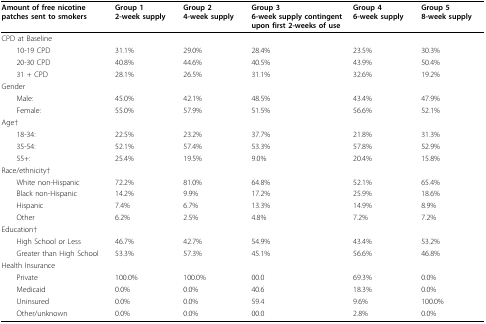
| Amount of free nicotine patches sent to smokers | Group 12-week supply | Group 24-week supply | Group 36-week supply contingent upon first 2-weeks of use | Group 46-week supply | Group 58-week supply |
 | --- | --- | --- | --- | --- | --- |
 | CPD at Baseline |  |  |  |  |  |
 | 10-19 CPD | 31.1% | 29.0% | 28.4% | 23.5% | 30.3% |
 | 20-30 CPD | 40.8% | 44.6% | 40.5% | 43.9% | 50.4% |
 | 31 + CPD | 28.1% | 26.5% | 31.1% | 32.6% | 19.2% |
 | Gender |  |  |  |  |  |
 | Male: | 45.0% | 42.1% | 48.5% | 43.4% | 47.9% |
 | Female: | 55.0% | 57.9% | 51.5% | 56.6% | 52.1% |
 | Age† |  |  |  |  |  |
 | 18-34: | 22.5% | 23.2% | 37.7% | 21.8% | 31.3% |
 | 35-54: | 52.1% | 57.4% | 53.3% | 57.8% | 52.9% |
 | 55+: | 25.4% | 19.5% | 9.0% | 20.4% | 15.8% |
 | Race/ethnicity† |  |  |  |  |  |
 | White non-Hispanic | 72.2% | 81.0% | 64.8% | 52.1% | 65.4% |
 | Black non-Hispanic | 14.2% | 9.9% | 17.2% | 25.9% | 18.6% |
 | Hispanic | 7.4% | 6.7% | 13.3% | 14.9% | 8.9% |
 | Other | 6.2% | 2.5% | 4.8% | 7.2% | 7.2% |
 | Education† |  |  |  |  |  |
 | High School or Less | 46.7% | 42.7% | 54.9% | 43.4% | 53.2% |
 | Greater than High School | 53.3% | 57.3% | 45.1% | 56.6% | 46.8% |
 | Health Insurance |  |  |  |  |  |
 | Private | 100.0% | 100.0% | 00.0 | 69.3% | 0.0% |
 | Medicaid | 0.0% | 0.0% | 40.6 | 18.3% | 0.0% |
 | Uninsured | 0.0% | 0.0% | 59.4 | 9.6% | 100.0% |
 | Other/unknown | 0.0% | 0.0% | 00.0 | 2.8% | 0.0% |